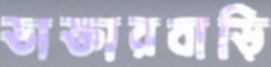
ডাক্তারবাড়ি